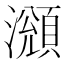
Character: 𤁫